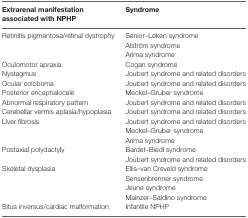
| Extrarenal manifestation associated with NPHP | Syndrome |
 | --- | --- |
 | <ROWSPAN=3> Retinitis pigmentosa/retinal dystrophy | Senior–Løken syndrome |
 | Alström syndrome |
 | Arima syndrome |
 | Oculomotor apraxia | Cogan syndrome |
 | Nystagmus | Joubert syndrome and related disorders |
 | Ocular coloboma | Joubert syndrome and related disorders |
 | Posterior encephalocele | Meckel–Gruber syndrome |
 | Abnormal respiratory pattern | Joubert syndrome and related disorders |
 | Cerebellar vermis aplasia/hypoplasia | Joubert syndrome and related disorders |
 | <ROWSPAN=3> Liver fibrosis | Joubert syndrome and related disorders |
 | Meckel–Gruber syndrome |
 | Arima syndrome |
 | <ROWSPAN=2> Postaxial polydactyly | Bardet–Biedl syndrome |
 | Joubert syndrome and related disorders |
 | <ROWSPAN=4> Skeletal dysplasia | Ellis–van Creveld syndrome |
 | Sensenbrenner syndrome |
 | Jeune syndrome |
 | Mainzer–Saldino syndrome |
 | Situs inversus/cardiac malformation | Infantile NPHP |